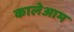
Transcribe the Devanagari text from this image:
कालेआम